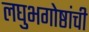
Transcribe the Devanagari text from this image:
लघुभगोष्ठांची